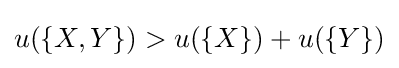
u(\{X,Y\})>u(\{X\})+u(\{Y\})